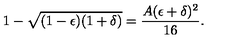
1 - \sqrt { ( 1 - \epsilon ) ( 1 + \delta ) } = \frac { A ( \epsilon + \delta ) ^ { 2 } } { 1 6 } .